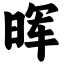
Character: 晖